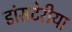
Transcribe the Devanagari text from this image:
डांसटेरीया